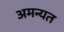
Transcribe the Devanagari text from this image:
अमन्यत